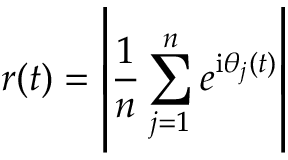
r ( t ) = \left\lvert \frac { 1 } { n } \sum _ { j = 1 } ^ { n } e ^ { \mathrm { i } \theta _ { j } ( t ) } \right\lvert